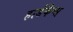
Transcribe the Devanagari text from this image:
हार्डकैप्स